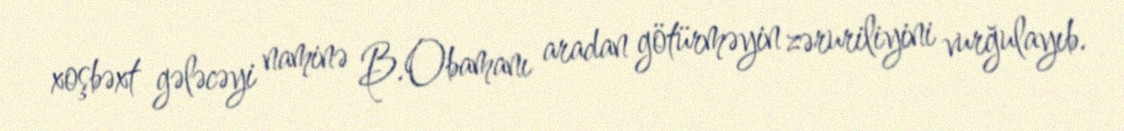
xoşbəxt gələcəyi naminə B.Obamanı aradan götürməyin zəruriliyini vurğulayıb.